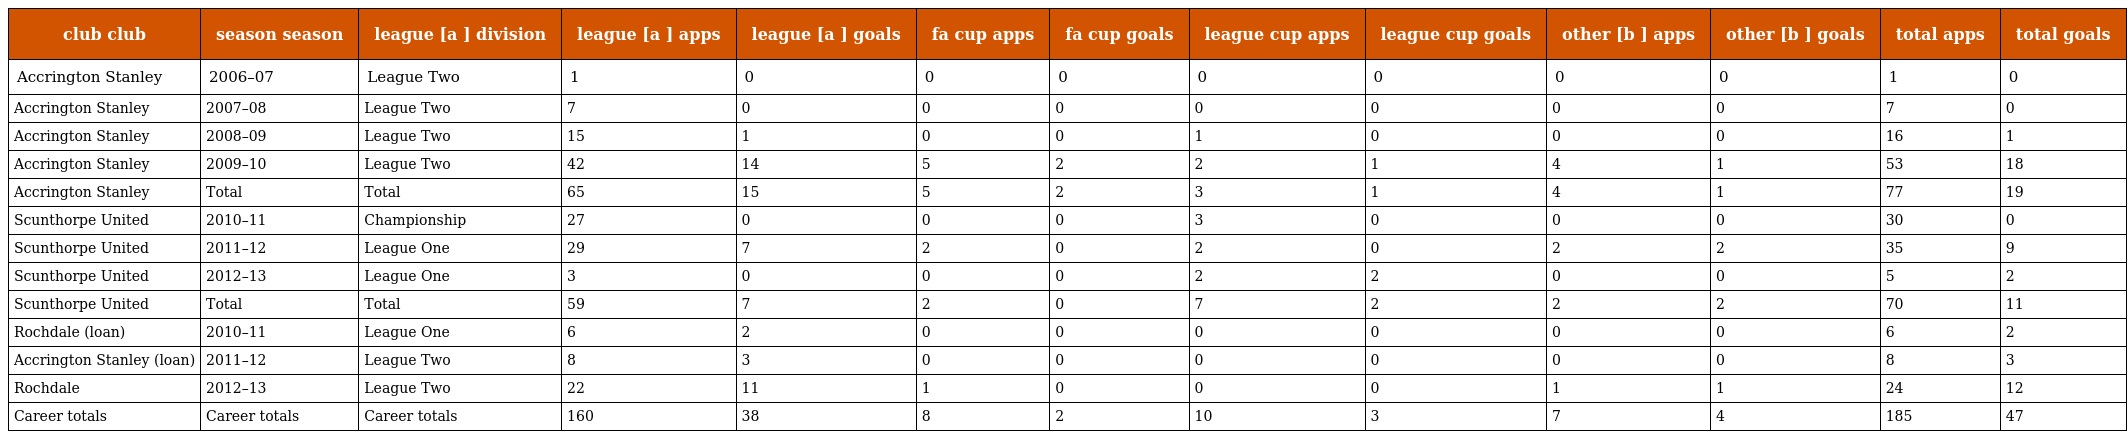
| club club | season season | league [a ] division | league [a ] apps | league [a ] goals | fa cup apps | fa cup goals | league cup apps | league cup goals | other [b ] apps | other [b ] goals | total apps | total goals |
 | --- | --- | --- | --- | --- | --- | --- | --- | --- | --- | --- | --- | --- |
 | Accrington Stanley | 2006–07 | League Two | 1 | 0 | 0 | 0 | 0 | 0 | 0 | 0 | 1 | 0 |
 | Accrington Stanley | 2007–08 | League Two | 7 | 0 | 0 | 0 | 0 | 0 | 0 | 0 | 7 | 0 |
 | Accrington Stanley | 2008–09 | League Two | 15 | 1 | 0 | 0 | 1 | 0 | 0 | 0 | 16 | 1 |
 | Accrington Stanley | 2009–10 | League Two | 42 | 14 | 5 | 2 | 2 | 1 | 4 | 1 | 53 | 18 |
 | Accrington Stanley | Total | Total | 65 | 15 | 5 | 2 | 3 | 1 | 4 | 1 | 77 | 19 |
 | Scunthorpe United | 2010–11 | Championship | 27 | 0 | 0 | 0 | 3 | 0 | 0 | 0 | 30 | 0 |
 | Scunthorpe United | 2011–12 | League One | 29 | 7 | 2 | 0 | 2 | 0 | 2 | 2 | 35 | 9 |
 | Scunthorpe United | 2012–13 | League One | 3 | 0 | 0 | 0 | 2 | 2 | 0 | 0 | 5 | 2 |
 | Scunthorpe United | Total | Total | 59 | 7 | 2 | 0 | 7 | 2 | 2 | 2 | 70 | 11 |
 | Rochdale (loan) | 2010–11 | League One | 6 | 2 | 0 | 0 | 0 | 0 | 0 | 0 | 6 | 2 |
 | Accrington Stanley (loan) | 2011–12 | League Two | 8 | 3 | 0 | 0 | 0 | 0 | 0 | 0 | 8 | 3 |
 | Rochdale | 2012–13 | League Two | 22 | 11 | 1 | 0 | 0 | 0 | 1 | 1 | 24 | 12 |
 | Career totals | Career totals | Career totals | 160 | 38 | 8 | 2 | 10 | 3 | 7 | 4 | 185 | 47 |